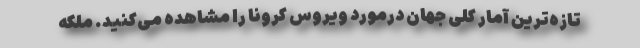
تازه‌ترین آمار کلی جهان درمورد ویروس کرونا را مشاهده می‌کنید. ملکه